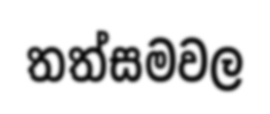
තත්සමවල